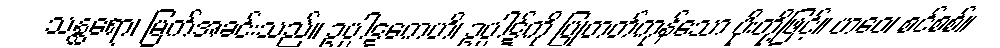
သန္ထရော၊ မြက်အခင်းသည်။ ဥပ္ပါဋကေဟိ၊ ဥပ္ပါဋ်ကို ပြုတတ်ကုန်သော ပိုးတို့ဖြင့်။ ဟဝေ၊ စင်စစ်။